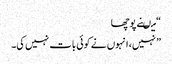
“ میںنے پوچھا
” نہیں، انہوں نے کوئی بات نہیں کی۔